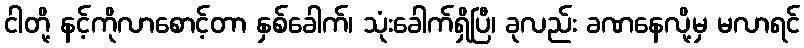
ငါတို့ နင့်ကိုလာစောင့်တာ နှစ်ခေါက်၊ သုံးခေါက်ရှိပြီ၊ ခုလည်း ခဏနေလို့မှ မလာရင်